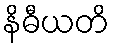
နိဓီယတိ